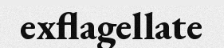
exflagellate